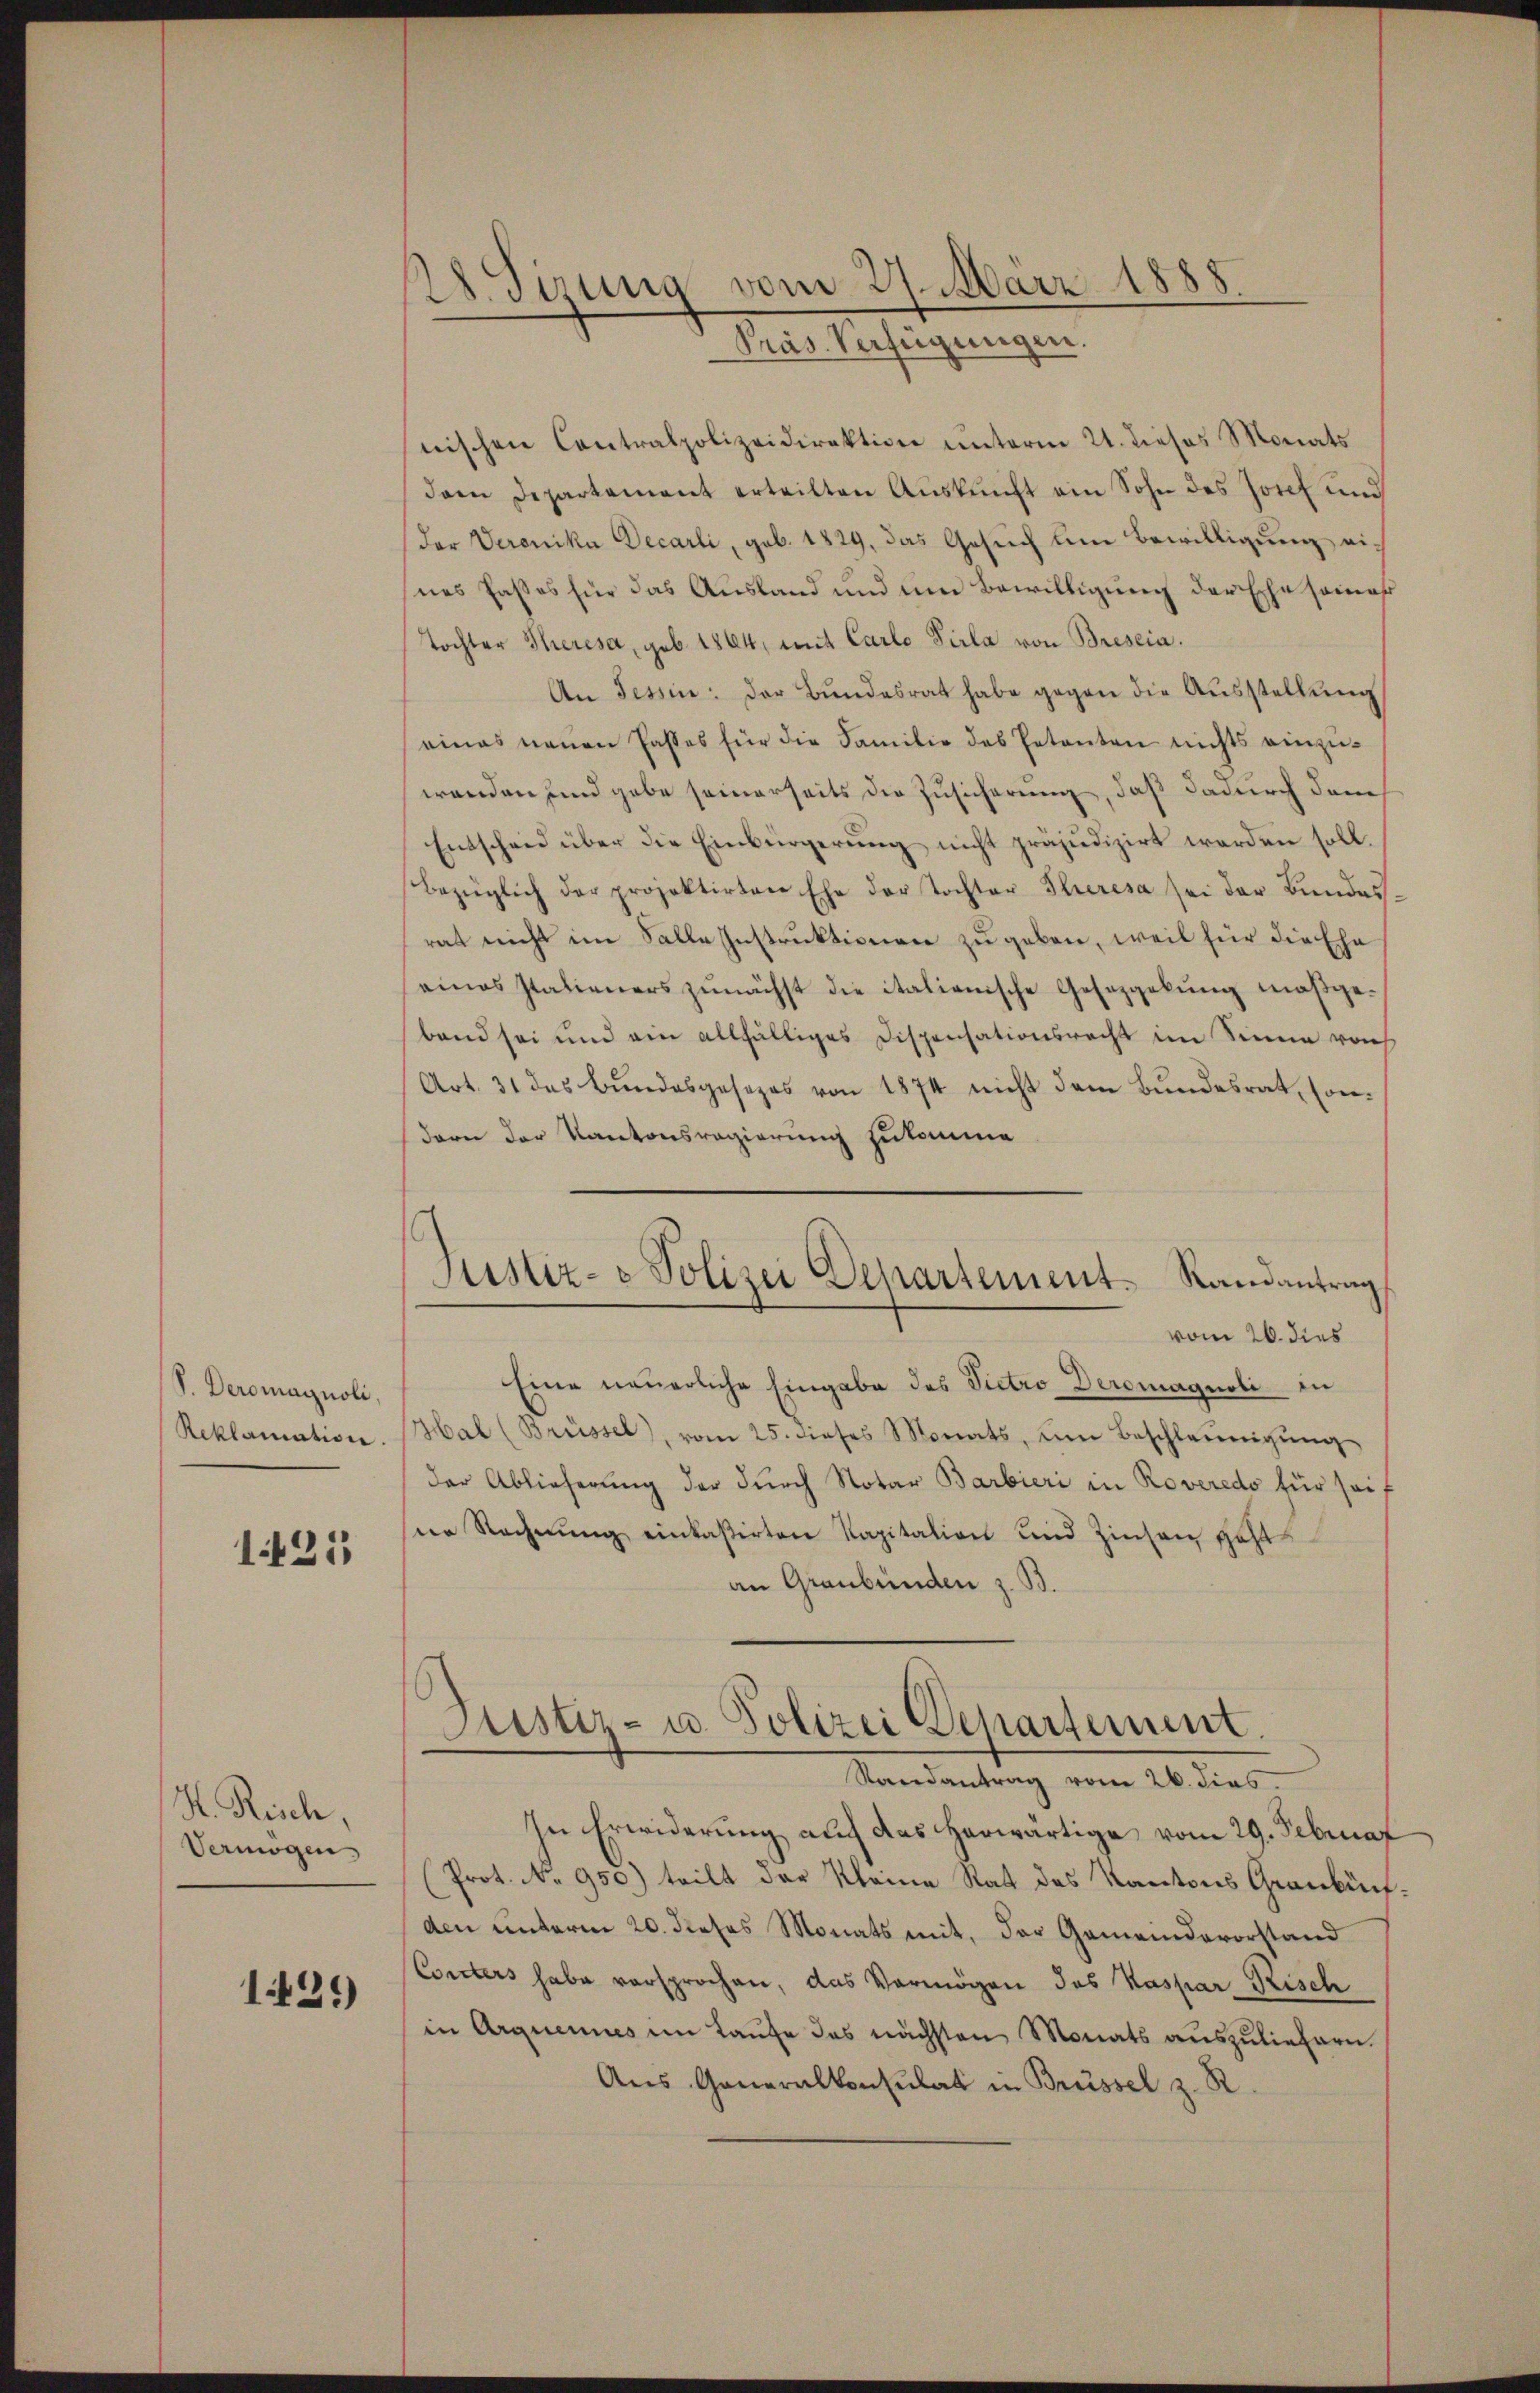
P. Deromagnoli,
Reklamation.

1425

K. Reich,
Vermögen

1429)

28. Sizung vom 27. März 1888
Präs. Verfügungen.

nischen Contralpolizeidirektion unterm 21. dieses Monats
dann Departement erteilten Aŭskŭnft ein Sohn des Josef und
der Veronika Decarli, geb. 1829, das Gesuch um Bewilligung eines Passes für das Ausland und um Bewilligung der Ehe semaß
Tochter Theresa, geb. 1864, mit Carlo Pirla von Breseia.
An Tessin: der Bŭndesrat habe gegen die Aŭsstellŭng
eines neuen Passes für die Familie des Petenten nichts einzuwenden sind gabe seinerseits die Zusicherung, daß dadurch dem
Entscheid über die Einbürgerŭng nicht präjudizirt werden soll.
bezüglich der projektirten Ehe der Tochter Theresa sei der Bŭndes.
rat nicht im Salle Instruktionen zu geben, weil für die Ehe
eines Italieners zŭnächst die italienische Gesezgelŭng maßgeband sei und ein allfälliges Dispensationsrecht im Sinne von
Art. 31 des Bŭndesgesezes von 1874 nicht dem Bŭndesrat, son-
dern der Kantonsregierung zukomme
vom 20. dies
Eine neuerliche Eingabe des Pietro Deromagnoli in
Hal (Brüssel), vom 25. dieses Monats, um Beschleunigŭng
der Ablieferung der durch Notar Barbieri in Roveredo für seif
der Rechnŭng einkasirten Kapitalien und Zinsen gehts
an Graubünden z. B.
Justiz- u. Polizei Departement.
Randantrag vom 26. dies
In Erwiderung auf das herwärtige vom 29. Februaf
Prot. No. 950) teilt der Kleine Rat des Kantons Graubüch
den unterm 20. dieses Monats mit, der Gemeindevorstand
Conters habe versprochen, das Vermögen des Kaspar Risch
in Arquennes im Laufe das nächsten Monats auszuliefern.
Aus Generalkonsulat in Brüssel z. R.

Justiz- & Polizei Departement. Randantrag